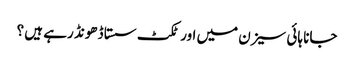
جانا ہائی سیزن میں اور ٹکٹ سستا ڈھونڈ رہے ہیں ؟